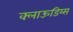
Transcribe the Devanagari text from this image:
क्लाऊडिय्स